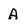
Character: A